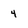
Character: 4